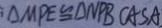
\Delta M P E \cong \Delta N P B C A S A